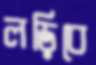
লড়িবে